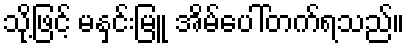
သို့ဖြင့် မနှင်းမြူ အိမ်ပေါ်တက်ရသည်။